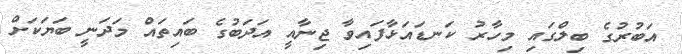
އަބުރުގެ ބިލްގައި މިހާރު ކަނޑައަޅާފައިވާ ޖިނާއީ އަދަބުގެ ބައިތައް މަދަނީ ބަޔަކަށް